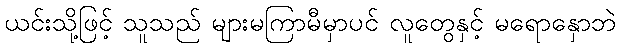
ယင်းသို့ဖြင့် သူသည် များမကြာမီမှာပင် လူတွေနှင့် မရောနှောဘဲ